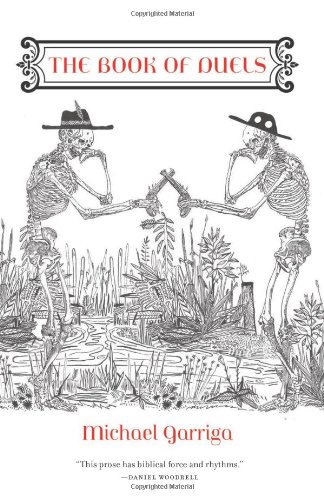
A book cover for The Book of Duels; Michael Garriga; Literature & Fiction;